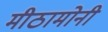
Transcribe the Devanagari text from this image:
मीठामोनी